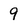
Character: 9